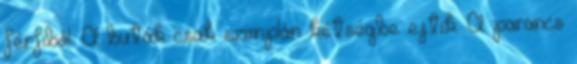
férfiból. A buták csak szimplán kétségbe ejtik. A parancs